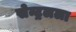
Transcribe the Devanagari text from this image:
सेन्ट्रलला